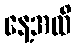
နေ့အထိ